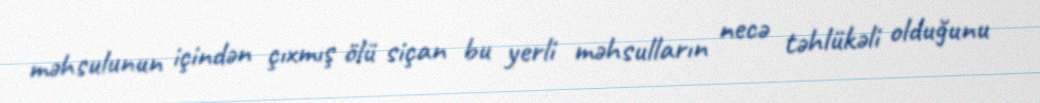
məhsulunun içindən çıxmış ölü siçan bu yerli məhsulların necə təhlükəli olduğunu